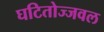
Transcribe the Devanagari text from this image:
घटितोज्जवल